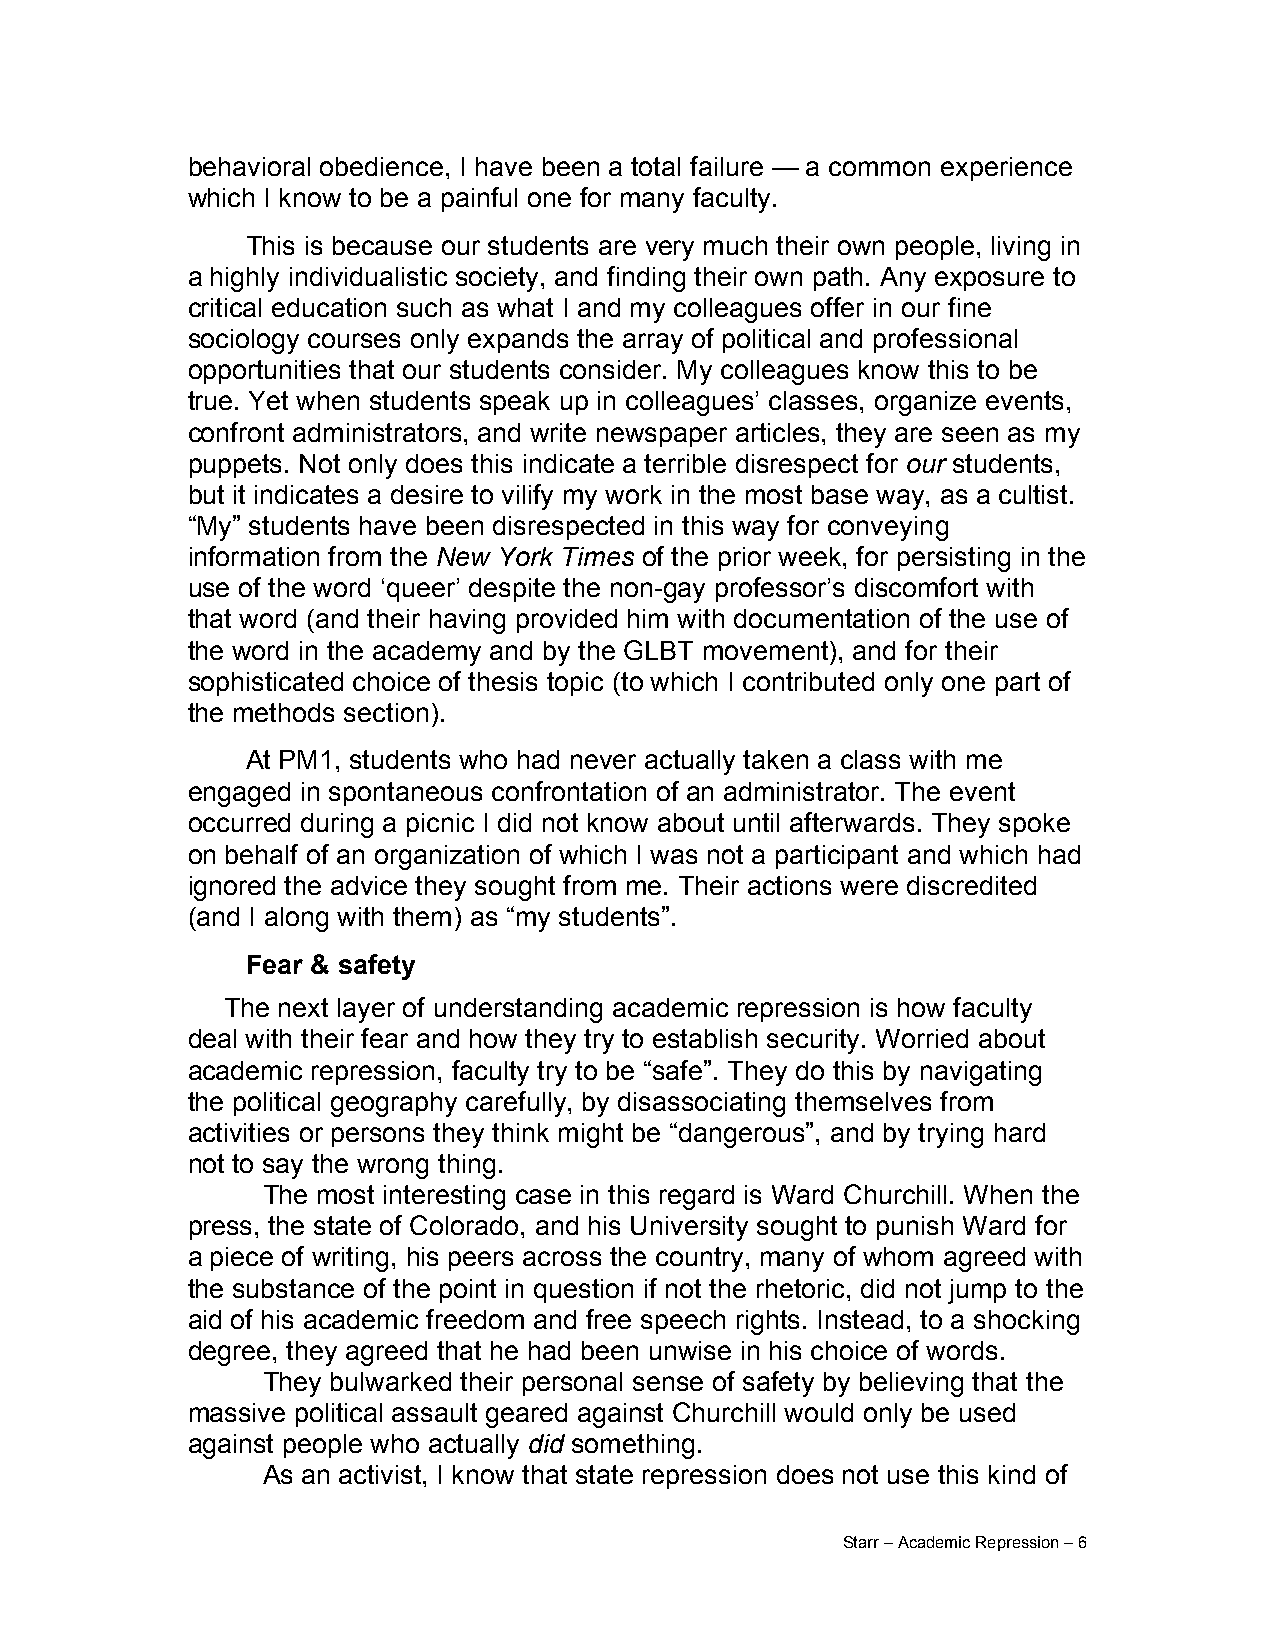
behavioral obedience, I have been a total failure — a common experience
 which I know to be a painful one for many faculty.
 This is because our students are very much their own people, living in
 a highly individualistic society, and finding their own path. Any exposure to
 critical education such as what I and my colleagues offer in our fine
 sociology courses only expands the array of political and professional
 opportunities that our students consider. My colleagues know this to be
 true. Yet when students speak up in colleagues’ classes, organize events,
 confront administrators, and write newspaper articles, they are seen as my
 puppets. Not only does this indicate a terrible disrespect for our students,
 but it indicates a desire to vilify my work in the most base way, as a cultist.
 “My” students have been disrespected in this way for conveying
 information from the New York Times of the prior week, for persisting in the
 use of the word ‘queer’ despite the non-gay professor’s discomfort with
 that word (and their having provided him with documentation of the use of
 the word in the academy and by the GLBT movement), and for their
 sophisticated choice of thesis topic (to which I contributed only one part of
 the methods section).
 At PM1, students who had never actually taken a class with me
 engaged in spontaneous confrontation of an administrator. The event
 occurred during a picnic I did not know about until afterwards. They spoke
 on behalf of an organization of which I was not a participant and which had
 ignored the advice they sought from me. Their actions were discredited
 (and I along with them) as “my students”.
 Fear & safety
 The next layer of understanding academic repression is how faculty
 deal with their fear and how they try to establish security. Worried about
 academic repression, faculty try to be “safe”. They do this by navigating
 the political geography carefully, by disassociating themselves from
 activities or persons they think might be “dangerous”, and by trying hard
 not to say the wrong thing.
 The most interesting case in this regard is Ward Churchill. When the
 press, the state of Colorado, and his University sought to punish Ward for
 a piece of writing, his peers across the country, many of whom agreed with
 the substance of the point in question if not the rhetoric, did not jump to the
 aid of his academic freedom and free speech rights. Instead, to a shocking
 degree, they agreed that he had been unwise in his choice of words.
 They bulwarked their personal sense of safety by believing that the
 massive political assault geared against Churchill would only be used
 against people who actually did something.
 As an activist, I know that state repression does not use this kind of
 Starr – Academic Repression – 6